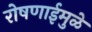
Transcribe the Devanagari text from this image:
रोषणाईमुळे